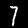
Label: 7